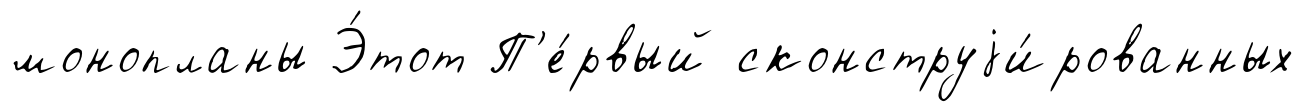
монопланы Э́тот П'е́рвый сконструjи́рованных